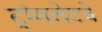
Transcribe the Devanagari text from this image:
ट्रांसलेटचे